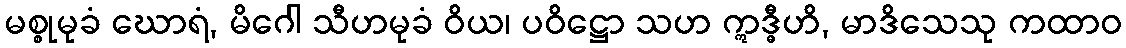
မစ္စုမုခံ ဃောရံ, မိဂေါ သီဟမုခံ ဝိယ၊ ပဝိဋ္ဌော သဟ ဣဒ္ဓီဟိ, မာဒိသေသု ကထာဝ